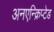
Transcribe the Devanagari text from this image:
अनएन्क्रिप्टेड